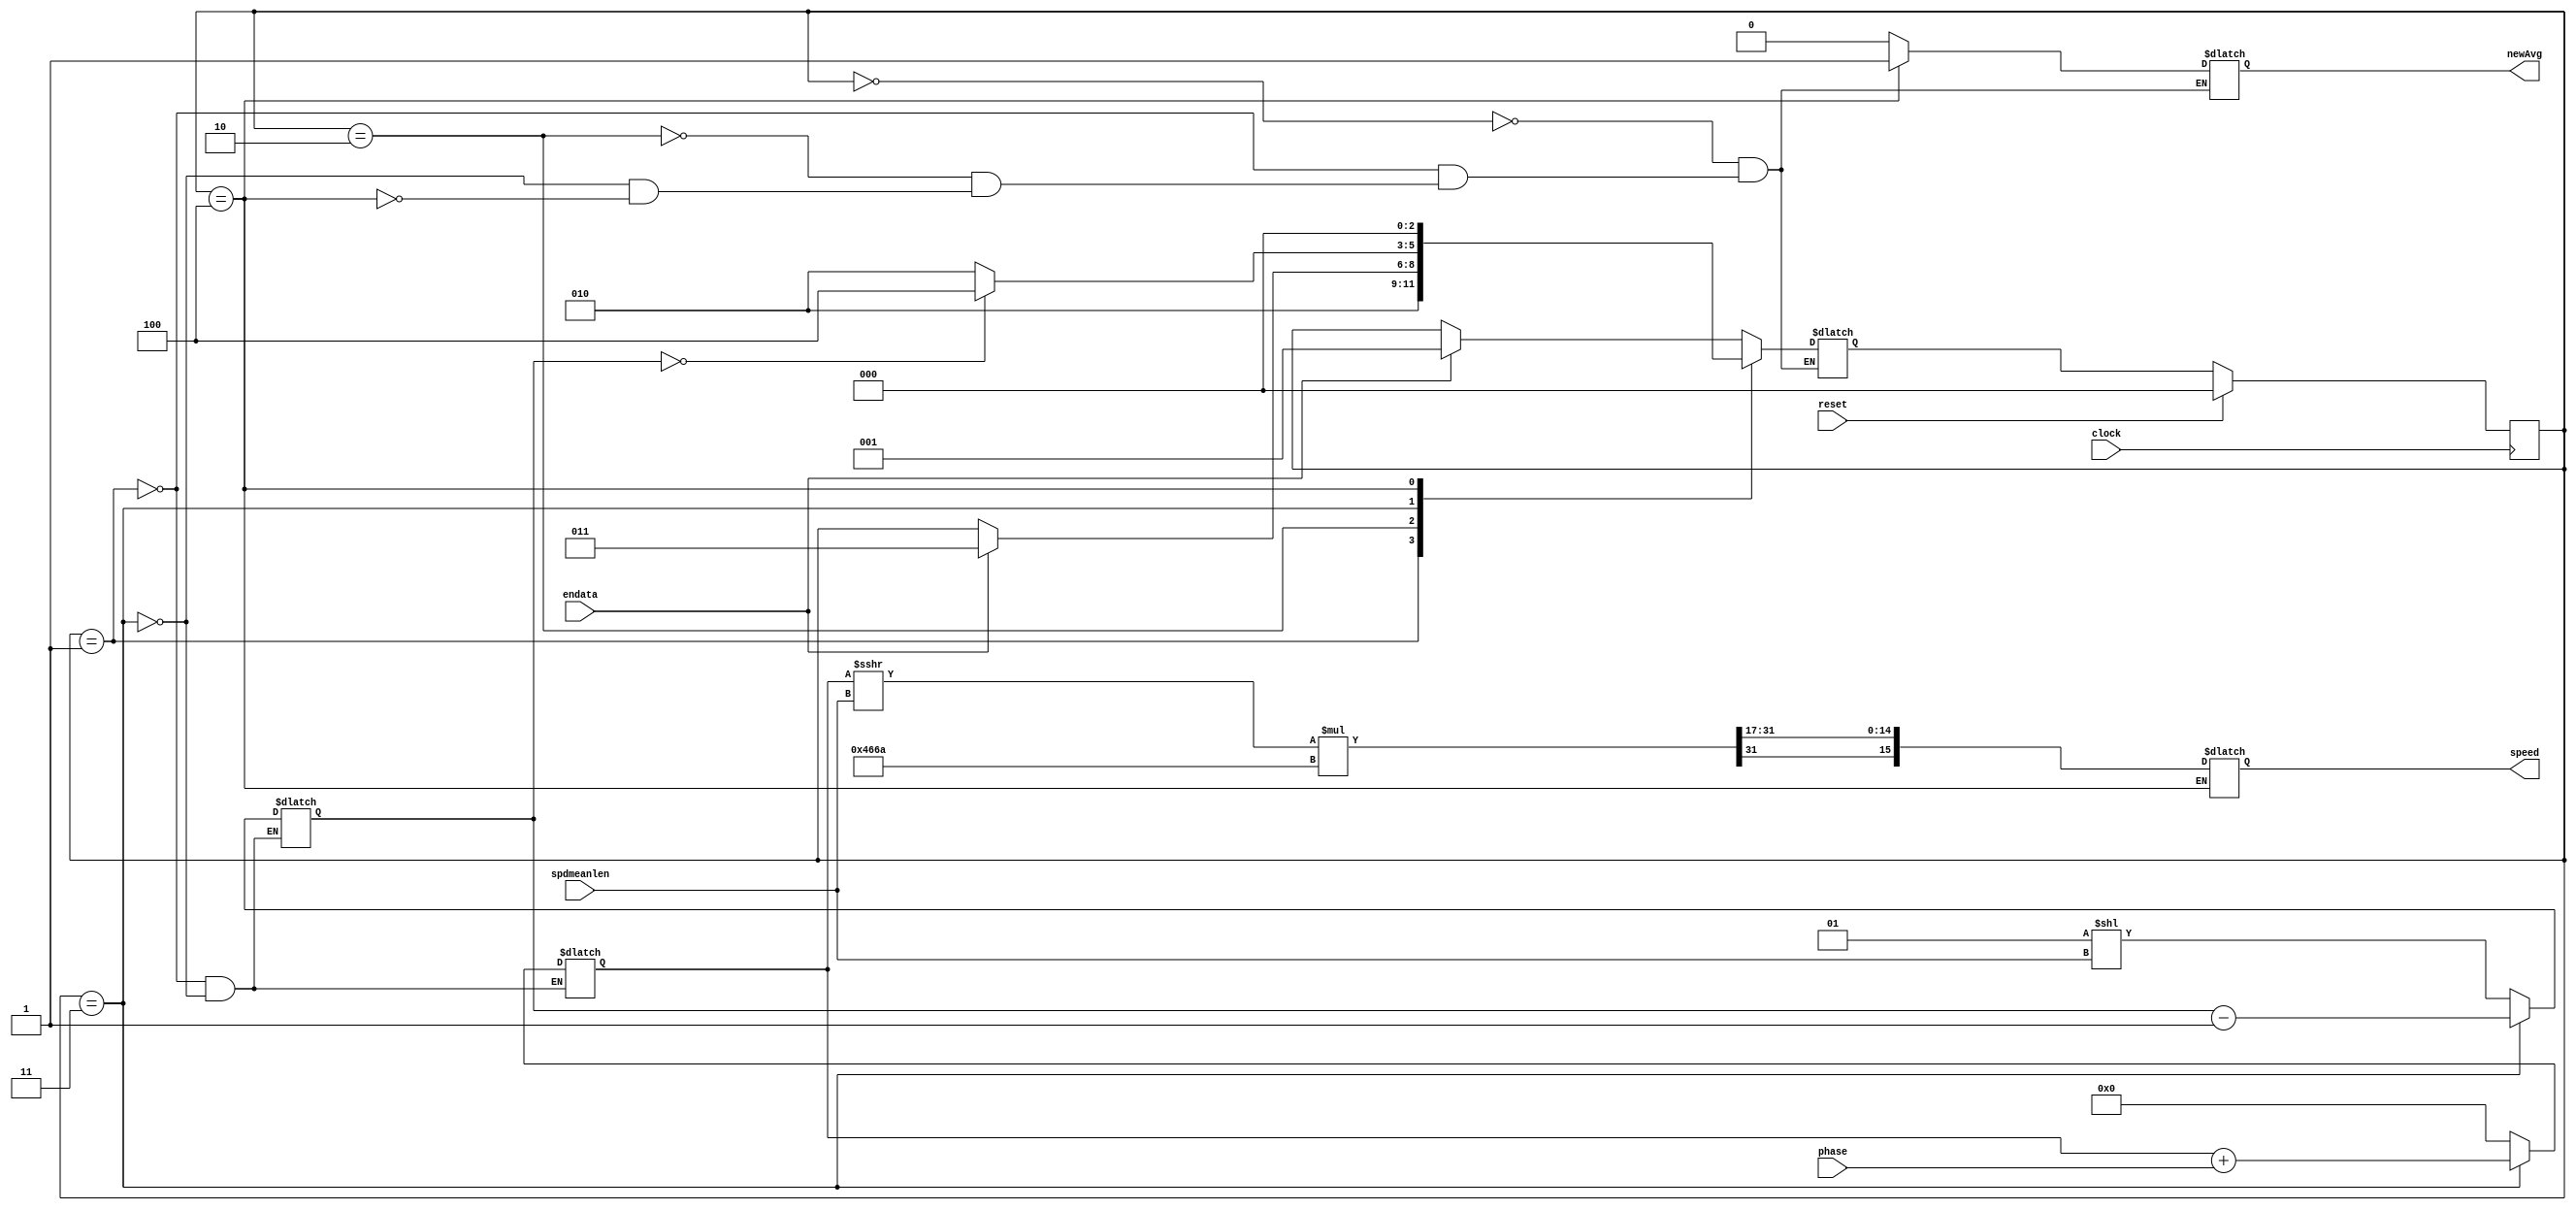
module phase2speed(
	input clock,
	input endata,
	input reset,
	input [3:0] spdmeanlen,
	input signed [18:0] phase,
	output reg signed [15:0] speed,
	output reg newAvg
	);
	
	parameter N = 11;
	
	reg signed [31:0] acc;
	reg [N:0] counter;
	reg [2:0] state;
	reg [2:0] nextstate;
	
	// FSM
	always@(posedge clock)
	begin
	if ( reset )
		state <= 3'b0; else state <= nextstate;
	end
	
	always@*
	begin
		case (state)
		0: if ( endata ) nextstate = 1; else nextstate = state;
		1: nextstate = 2;
		2: if ( endata ) nextstate = 3; else nextstate = state;
		3: if ( counter == 0 ) nextstate = 4; else nextstate = 2;
		4: nextstate = 0;
		endcase
	end
	
	always@*
	begin
		case (state)
		0: newAvg = 0;
		1: begin newAvg = 0; counter = 1<<spdmeanlen; acc = 0; end
		2: newAvg = 0;
		3: begin newAvg = 0; acc = acc+phase; counter = counter-1; end
		4: begin newAvg = 1; speed = ((acc>>>spdmeanlen)*18026)>>>17; end
		endcase
	end

/*
	always@(posedge clock)
	begin
	if ( reset ) avgPhase<=0;
	else
		
	end
	*/
	endmodule